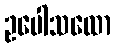
ဥပေါသထော